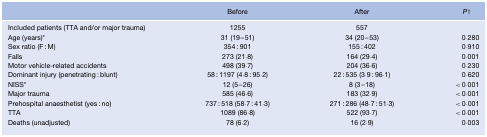
<table><thead><tr><td></td><td><b>Before</b></td><td><b>After</b></td><td><b><i>P</i>†</b></td></tr></thead><tbody><tr><td>Included patients (TTA and/or major trauma)</td><td>1255</td><td>557</td><td></td></tr><tr><td>Age (years)*</td><td>31 (19–51)</td><td>34 (20–53)</td><td>0·280</td></tr><tr><td>Sex ratio (F:M)</td><td>354:901</td><td>155:402</td><td>0·910</td></tr><tr><td>Falls</td><td>273 (21·8)</td><td>164 (29·4)</td><td>0·001</td></tr><tr><td>Motor vehicle-related accidents</td><td>498 (39·7)</td><td>204 (36·6)</td><td>0·230</td></tr><tr><td>Dominant injury (penetrating:blunt)</td><td>58:1197 (4·8:95·2)</td><td>22:535 (3·9:96·1)</td><td>0·620</td></tr><tr><td>NISS*</td><td>12 (5–26)</td><td>8 (3–18)</td><td>&lt; 0·001</td></tr><tr><td>Major trauma</td><td>585 (46·6)</td><td>183 (32·9)</td><td>&lt; 0·001</td></tr><tr><td>Prehospital anaesthetist (yes:no)</td><td>737:518 (58·7:41·3)</td><td>271:286 (48·7:51·3)</td><td>&lt; 0·001</td></tr><tr><td>TTA</td><td>1089 (86·8)</td><td>522 (93·7)</td><td>&lt; 0·001</td></tr><tr><td>Deaths (unadjusted)</td><td>78 (6·2)</td><td>16 (2·9)</td><td>0·003</td></tr></tbody></table>